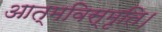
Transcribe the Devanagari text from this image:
आत्मविस्मृति।